Report of the Bombay Veterinary College
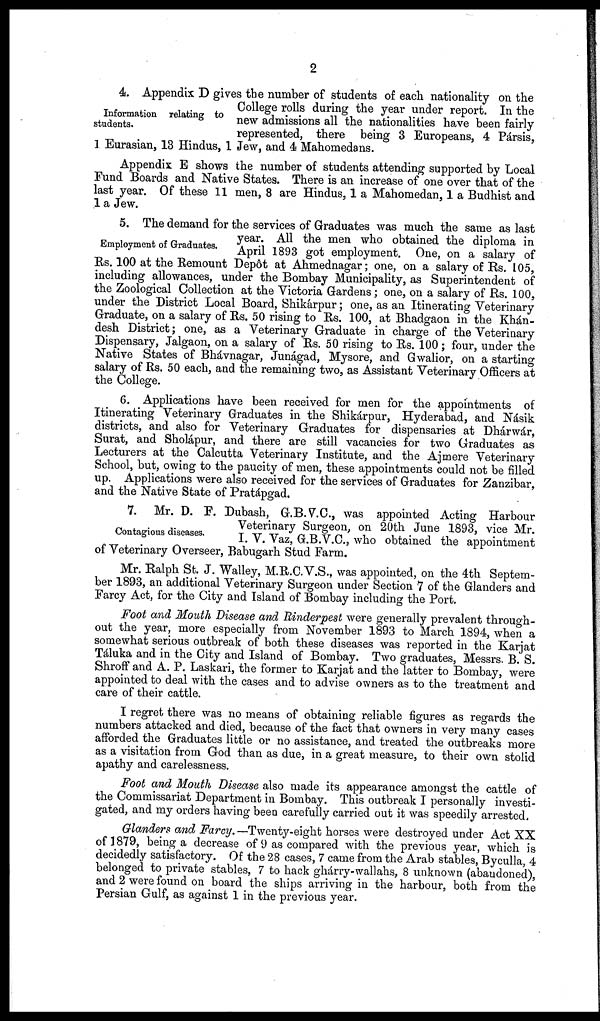
2
Information relating to
students.
4. Appendix D gives the number of students of each nationality on the
College rolls during the year under report. In the
new admissions all the nationalities have been fairly
represented, there being 3 Europeans, 4 Pársis,
1 Eurasian, 13 Hindus, 1 Jew, and 4 Mahomedans.
Appendix E shows the number of students attending supported by Local
Fund Boards and Native States. There is an increase of one over that of the
last year. Of these 11 men, 8 are Hindus, 1 a Mahomedan, 1 a Budhist and
1 a Jew.
Employment of Graduates.
5. The demand for the services of Graduates was much the same as last
year. All the men who obtained the diploma in
April 1893 got employment. One, on a salary of
Rs. 100 at the Remount Depôt at Ahmednagar; one, on a salary of Rs. 105,
including allowances, under the Bombay Municipality, as Superintendent of
the Zoological Collection at the Victoria Gardens; one, on a salary of Rs. 100,
under the District Local Board, Shikárpur; one, as an Itinerating Veterinary
Graduate, on a salary of Rs. 50 rising to Rs. 100, at Bhadgaon in the Khán-
desh District; one, as a Veterinary Graduate in charge of the Veterinary
Dispensary, Jalgaon, on a salary of Rs. 50 rising to Rs. 100; four, under the
Native States of Bhávnagar, Junágad, Mysore, and Gwalior, on a starting
salary of Rs. 50 each, and the remaining two, as Assistant Veterinary Officers at
the College.
6. Applications have been received for men for the appointments of
Itinerating Veterinary Graduates in the Shikárpur, Hyderabad, and Násik
districts, and also for Veterinary Graduates for dispensaries at Dhárwár,
Surat, and Sholápur, and there are still vacancies for two Graduates as
Lecturers at the Calcutta Veterinary Institute, and the Ajmere Veterinary
School, but, owing to the paucity of men, these appointments could not be filled
up. Applications were also received for the services of Graduates for Zanzibar,
and the Native State of Pratápgad.
Contagious diseases.
7. Mr. D. F. Dubash, G.B.V.C., was appointed Acting Harbour
Veterinary Surgeon, on 20th June 1893, vice Mr.
I. V. Vaz, G.B.V.C., who obtained the appointment
of Veterinary Overseer, Babugarh Stud Farm.
Mr. Ralph St. J. Walley, M.R.C.V.S., was appointed, on the 4th Septem-
ber 1893, an additional Veterinary Surgeon under Section 7 of the Glanders and
Farcy Act, for the City and Island of Bombay including the Port.
Foot and Mouth Disease and Rinderpest were generally prevalent through-
out the year, more especially from November 1893 to March 1894, when a
somewhat serious outbreak of both these diseases was reported in the Karjat
Táluka and in the City and Island of Bombay. Two graduates, Messrs. B. S.
Shroff and A. P. Laskari, the former to Karjat and the latter to Bombay, were
appointed to deal with the cases and to advise owners as to the treatment and
care of their cattle.
I regret there was no means of obtaining reliable figures as regards the
numbers attacked and died, because of the fact that owners in very many cases
afforded the Graduates little or no assistance, and treated the outbreaks more
as a visitation from God than as due, in a great measure, to their own stolid
apathy and carelessness.
Foot and Mouth Disease also made its appearance amongst the cattle of
the Commissariat Department in Bombay. This outbreak I personally investi-
gated, and my orders having been carefully carried out it was speedily arrested.
Glanders and Farcy. — Twenty-eight horses were destroyed under Act XX
of 1879, being a decrease of 9 as compared with the previous year, which is
decidedly satisfactory. Of the 28 cases, 7 came from the Arab stables, Byculla, 4
belonged to private stables, 7 to hack ghárry-wallahs, 8 unknown (abandoned),
and 2 were found on board the ships arriving in the harbour, both from the
Persian Gulf, as against 1 in the previous year.